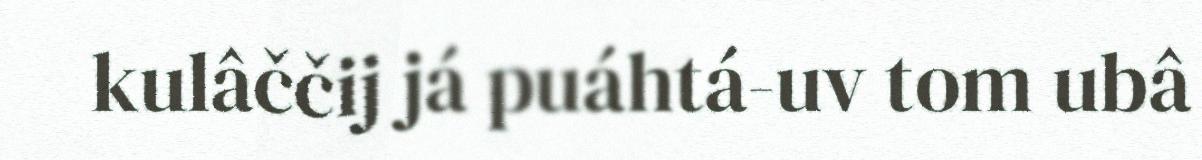
kulâččij já puáhtá-uv tom ubâ